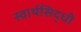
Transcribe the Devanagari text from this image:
स्वार्थसिद्धी